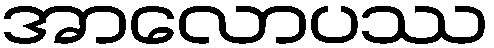
အာလောပဿ